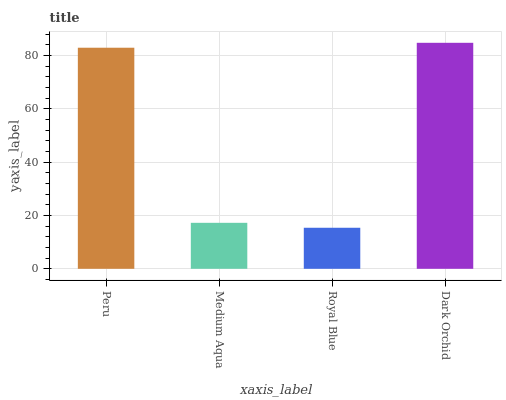
| xaxis_label | bars |
 | --- | --- |
 | Peru | 82.9 |
 | Medium Aqua | 17.2 |
 | Royal Blue | 15.4 |
 | Dark Orchid | 84.7 |